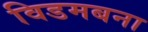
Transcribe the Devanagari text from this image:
विडमबना